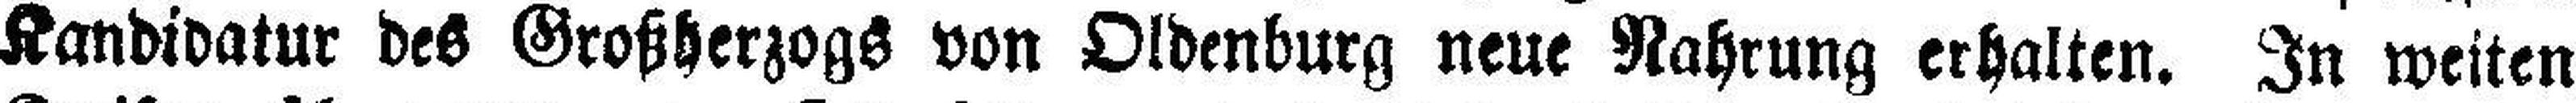
Kandidatur des Großherzogs von Oldenburg neue Nahrung erhalten. In weiten